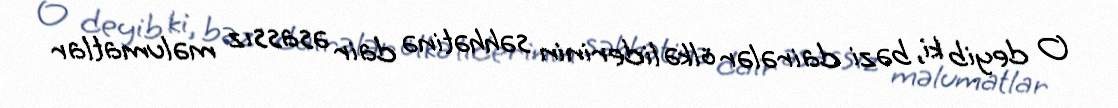
O deyib ki, bəzi dairələr ölkə liderinin səhhətinə dair əsassız məlumatlar